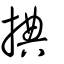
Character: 捵